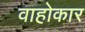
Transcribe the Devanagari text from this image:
वाहोकार